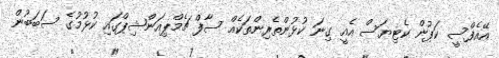
އޭއެފްސީ ކަޕުން ކެޓިޔަސް އެއީ ގިނަ ކުޅުންތެރިންތަކެއް ސާފް ޗެމްޕިއަންޝިޕްގައި ކުޅުމުގެ ސަބަބުން